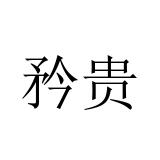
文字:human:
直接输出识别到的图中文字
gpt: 矜贵